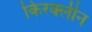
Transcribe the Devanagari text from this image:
किरक्लीन